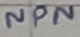
Text: NPN